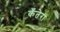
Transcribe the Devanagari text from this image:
कँतेरा